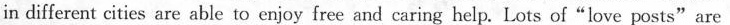
in different cities are able to enjoy free and caring help. Lots of"love posts"are